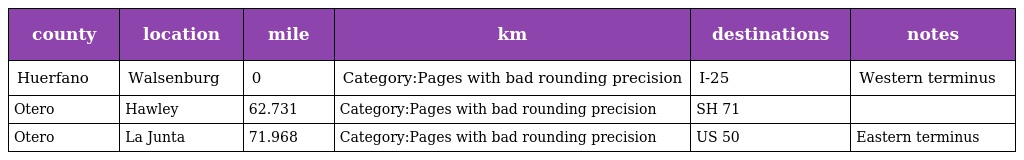
| county | location | mile | km | destinations | notes |
 | --- | --- | --- | --- | --- | --- |
 | Huerfano | Walsenburg | 0 | Category:Pages with bad rounding precision | I-25 | Western terminus |
 | Otero | Hawley | 62.731 | Category:Pages with bad rounding precision | SH 71 |  |
 | Otero | La Junta | 71.968 | Category:Pages with bad rounding precision | US 50 | Eastern terminus |